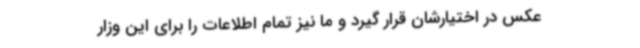
عکس در اختیارشان قرار گیرد و ما نیز تمام اطلاعات را برای این وزار